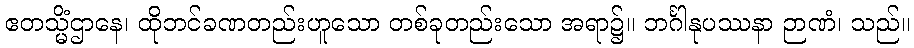
ဧတသ္မိံဌာနေ၊ ထိုဘင်ခဏတည်းဟူသော တစ်ခုတည်းသော အရာ၌။ ဘင်္ဂါနုပဿနာ ဉာဏံ၊ သည်။